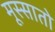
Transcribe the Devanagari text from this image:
मूस्सातो